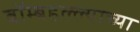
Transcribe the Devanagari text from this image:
बॉम्बहल्ल्याच्या